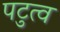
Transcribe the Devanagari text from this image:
पटुत्व